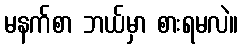
မနက်စာ ဘယ်မှာ စားရမလဲ။